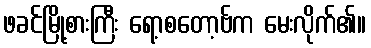
ဖခင်မြို့စားကြီး ရော့စတော့ဗ်က မေးလိုက်၏။